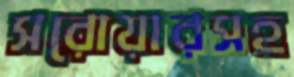
সরোয়ারসহ